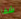
شفا